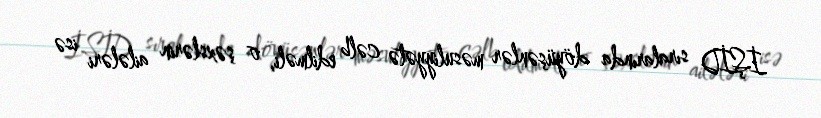
İŞİD sıralarında döyüşənlər məsuliyyətə cəlb edilməli, o şəxslərin ailələri isə